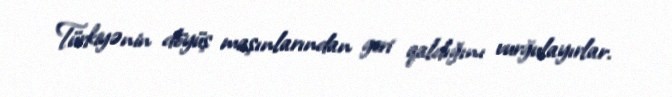
Türkiyənin döyüş maşınlarından geri qaldığını vurğulayırlar.